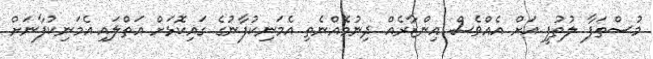
މުސްތަފާ ލުތުފީ އަށް އެއްވެސް އިންޒާރެއް ދިނުމެއްނެތި އެމަނިކުފާނުގެ ގައިކޮޅަށް އަތްލައި އެމަނިކުފާނަށް